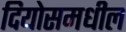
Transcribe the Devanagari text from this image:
दियोसमधील